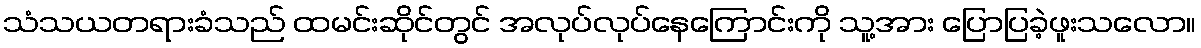
သံသယတရားခံသည် ထမင်းဆိုင်တွင် အလုပ်လုပ်နေကြောင်းကို သူ့အား ပြောပြခဲ့ဖူးသလော။